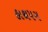
હાથપગ